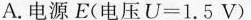
A. 电源$$E ( 电 压 U = 1 . 5 V )$$